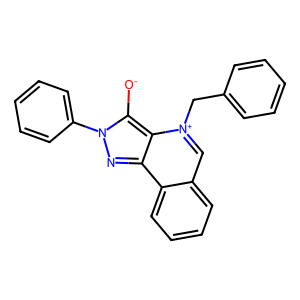
SMILES: [O-]c1c2c(nn1-c1ccccc1)c1ccccc1c[n+]2Cc1ccccc1
Inhibits HIV replication: No